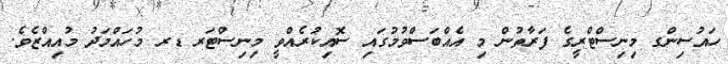
ހައުސިންގ މިނިސްޓްރީގެ ފަރާތުން މި އެއްބަސްވުމުގައި ސޮއިކުރެއްވީ މިނިސްޓަރ ޑރ މުހައްމަދު މުއިއްޒެވެ.